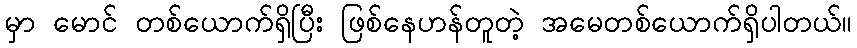
မှာ မောင် တစ်ယောက်ရှိပြီး ဖြစ်နေဟန်တူတဲ့ အမေတစ်ယောက်ရှိပါတယ်။